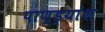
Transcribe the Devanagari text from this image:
पाण्ड्यांश